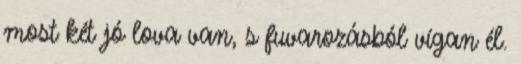
most két jó lova van, s fuvarozásból vígan él.